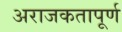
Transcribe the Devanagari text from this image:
अराजकतापूर्ण